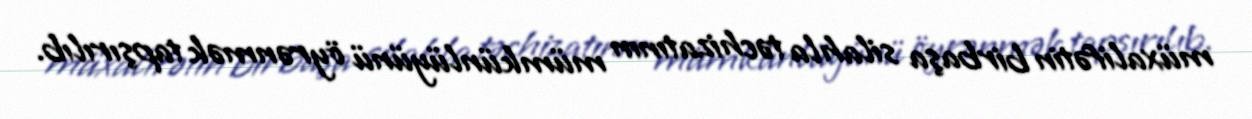
müxalifətin birbaşa silahla təchizatının mümkünlüyünü öyrənmək tapşırılıb.